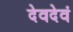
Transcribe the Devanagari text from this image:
देवदेवं